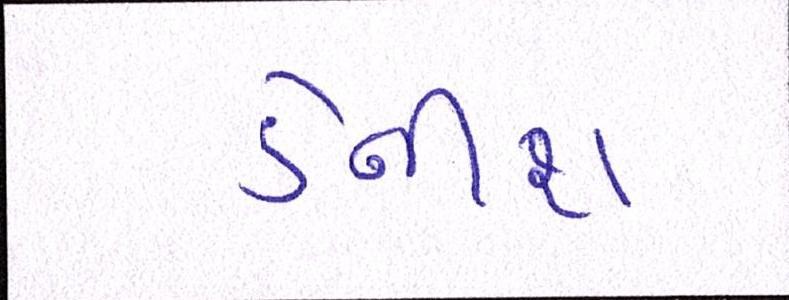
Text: ડેનીશ